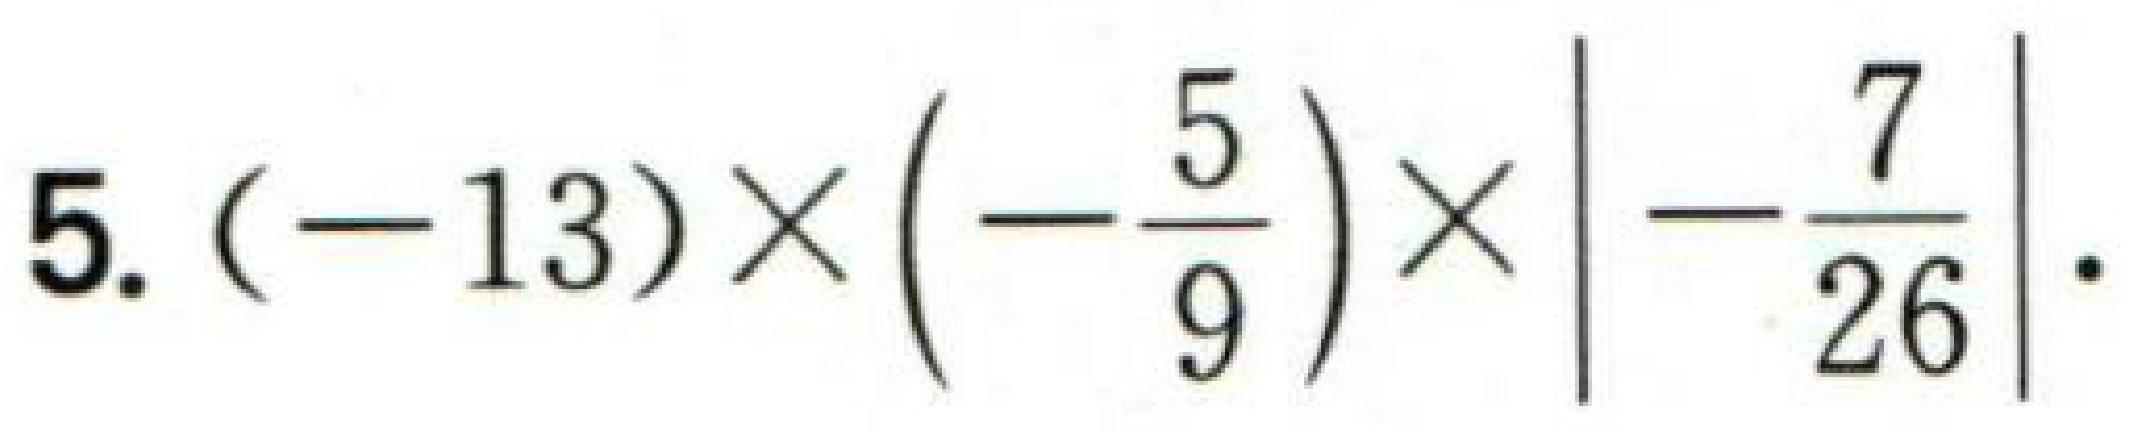
$5.(-13)\times\left(-\frac{5}{9}\right)\times\left|-\frac{7}{26}\right|$